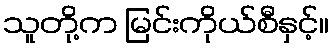
သူတို့က မြင်းကိုယ်စီနှင့်။